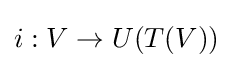
i:V\to U(T(V))